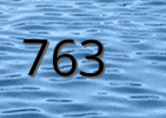
763